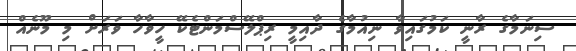
ސިނަމާގެ ރާނީ ކަމުގައިވާ ނިއުމާގެ ދާއިމީ ރިޕްލޭސްމަންޓެކޭ ހީވާހާ ވަރަށް މި މޫނެއް